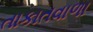
તાકાતવાળા